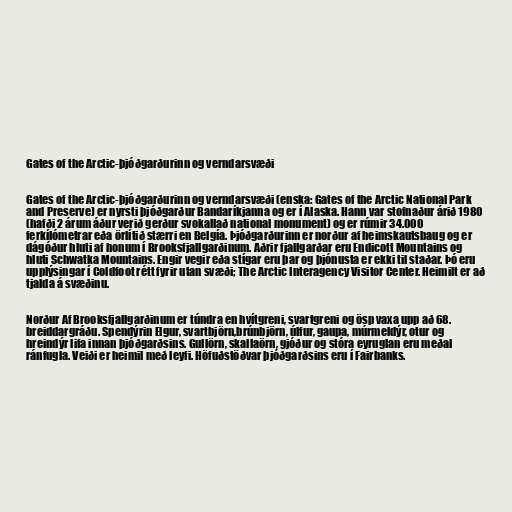
Gates of the Arctic-þjóðgarðurinn og verndarsvæði

Gates of the Arctic-þjóðgarðurinn og verndarsvæði (enska: Gates of the Arctic National Park
and Preserve) er nyrsti þjóðgarður Bandaríkjanna og er í Alaska. Hann var stofnaður árið 1980
(hafði 2 árum áður verið gerður svokallað national monument) og er rúmir 34.000
ferkílómetrar eða örlítið stærri en Belgía. Þjóðgarðurinn er norður af heimskautsbaug og er
dágóður hluti af honum í Brooksfjallgarðinum. Aðrir fjallgarðar eru Endicott Mountains og
hluti Schwatka Mountains. Engir vegir eða stígar eru þar og þjónusta er ekki til staðar. Þó eru
upplýsingar í Coldfoot rétt fyrir utan svæði; The Arctic Interagency Visitor Center. Heimilt er að
tjalda á svæðinu.

Norður Af Brooksfjallgarðinum er túndra en hvítgreni, svartgreni og ösp vaxa upp að 68.
breiddargráðu. Spendýrin Elgur, svartbjörn,brúnbjörn, úlfur, gaupa, múrmeldýr, otur og
hreindýr lifa innan þjóðgarðsins. Gullörn, skallaörn, gjóður og stóra eyruglan eru meðal
ránfugla. Veiði er heimil með leyfi. Höfuðstöðvar þjóðgarðsins eru í Fairbanks.